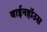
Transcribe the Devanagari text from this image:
वाईनहॉउस